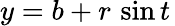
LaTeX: y=b+r\, \sin t\,